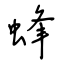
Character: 蜂